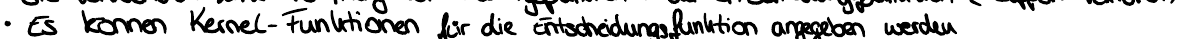
Es können Kernel-Funktionen für die Entscheidungsfunktion angegeben werden